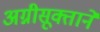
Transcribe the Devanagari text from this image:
अग्नीसूक्ताने